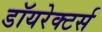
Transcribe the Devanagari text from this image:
डॉयरेक्टर्स